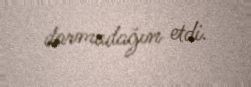
darmadağın etdi.